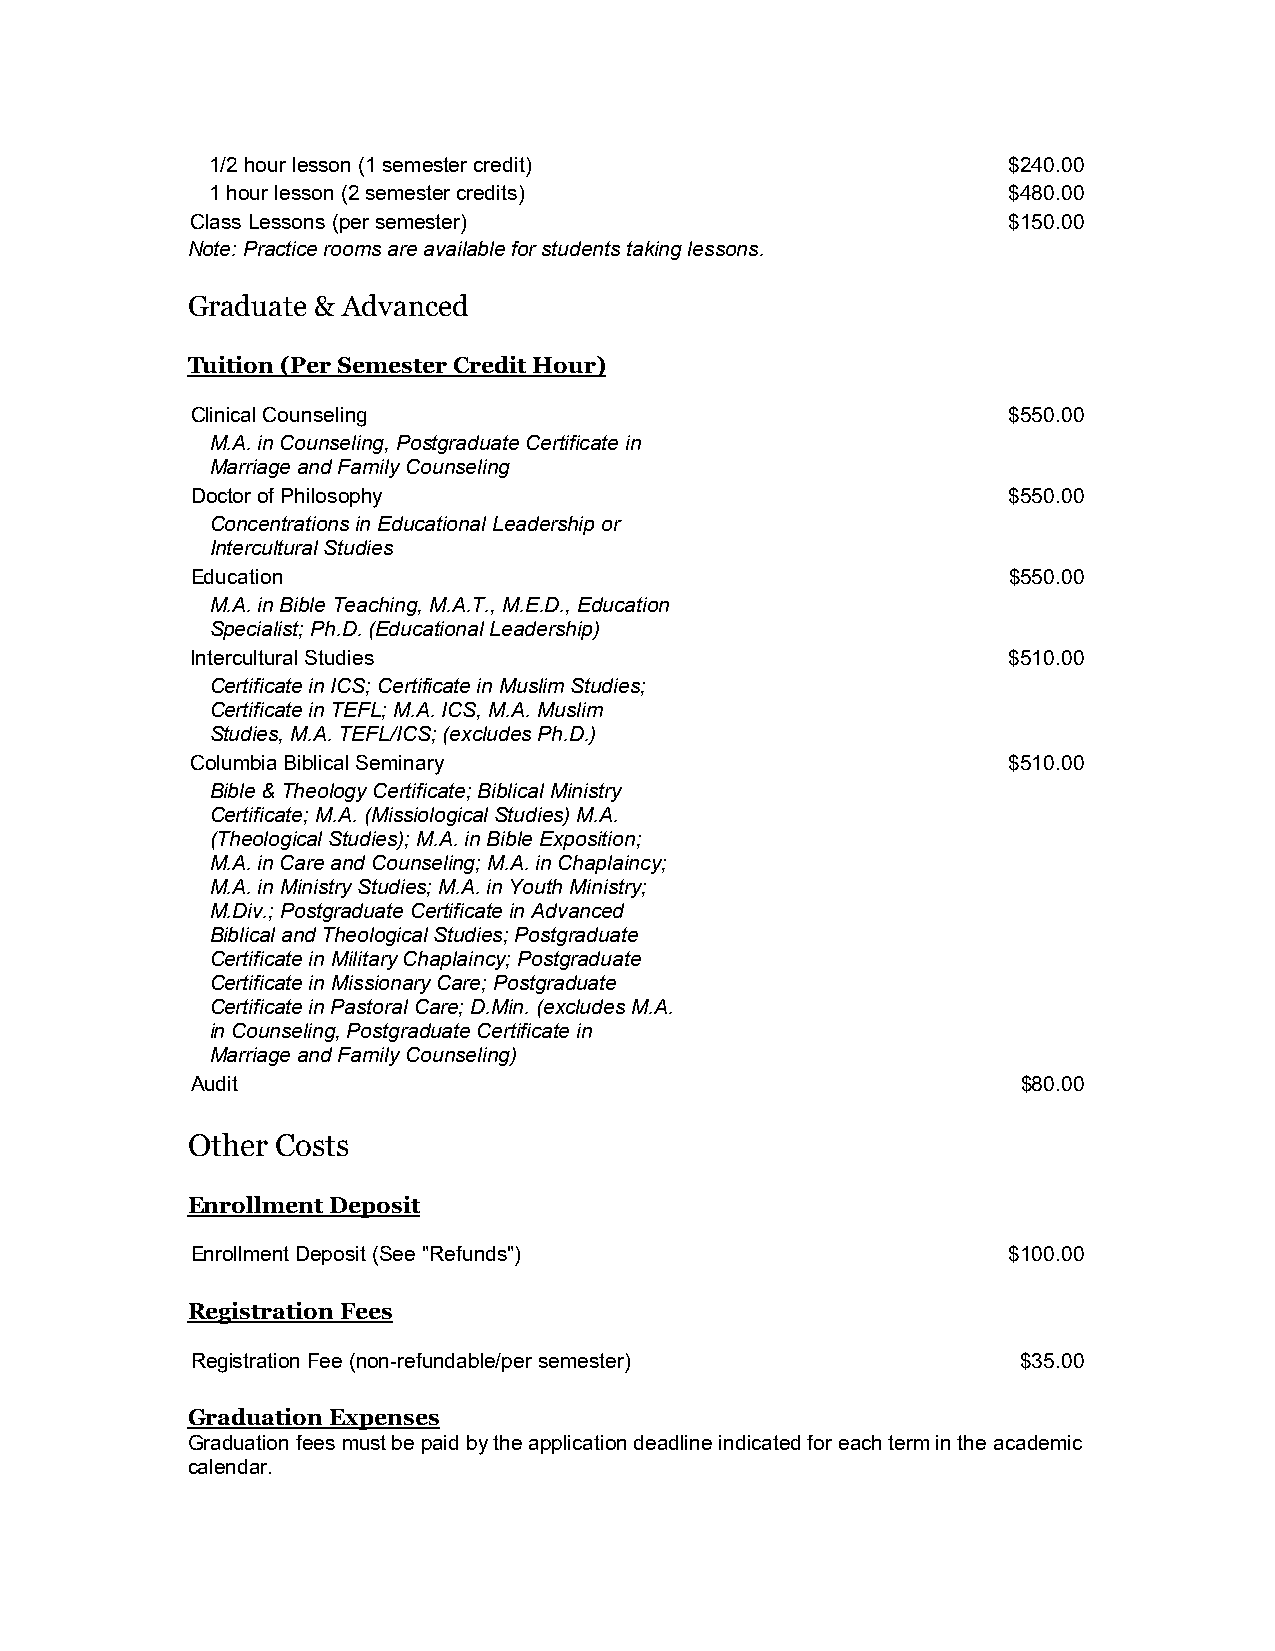
1/2 hour lesson (1 semester credit)                  $240.00
 1 hour lesson (2 semester credits)                   $480.00
 Class Lessons (per semester)                          $150.00
 Note: Practice rooms are available for students taking lessons.
 Graduate & Advanced
 Tuition (Per Semester Credit Hour)
 Clinical Counseling                                   $550.00
 M.A. in Counseling, Postgraduate Certificate in
 Marriage and Family Counseling
 Doctor of Philosophy                                  $550.00
 Concentrations in Educational Leadership or
 Intercultural Studies
 Education                                             $550.00
 M.A. in Bible Teaching, M.A.T., M.E.D., Education
 Specialist; Ph.D. (Educational Leadership)
 Intercultural Studies                                 $510.00
 Certificate in ICS; Certificate in Muslim Studies;
 Certificate in TEFL; M.A. ICS, M.A. Muslim
 Studies, M.A. TEFL/ICS; (excludes Ph.D.)
 Columbia Biblical Seminary                            $510.00
 Bible & Theology Certificate; Biblical Ministry
 Certificate; M.A. (Missiological Studies) M.A.
 (Theological Studies); M.A. in Bible Exposition;
 M.A. in Care and Counseling; M.A. in Chaplaincy;
 M.A. in Ministry Studies; M.A. in Youth Ministry;
 M.Div.; Postgraduate Certificate in Advanced
 Biblical and Theological Studies; Postgraduate
 Certificate in Military Chaplaincy; Postgraduate
 Certificate in Missionary Care; Postgraduate
 Certificate in Pastoral Care; D.Min. (excludes M.A.
 in Counseling, Postgraduate Certificate in
 Marriage and Family Counseling)
 Audit                                                  $80.00
 Other Costs
 Enrollment Deposit
 Enrollment Deposit (See "Refunds")                    $100.00
 Registration Fees
 Registration Fee (non-refundable/per semester)         $35.00
 Graduation Expenses
 Graduation fees must be paid by the application deadline indicated for each term in the academic
 calendar.